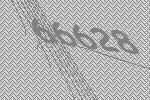
66628